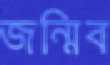
জন্মিব